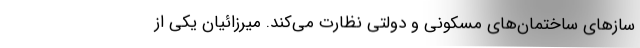
سازهای ساختمان‌های مسکونی و دولتی نظارت می‌کند. میرزائیان یکی از